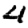
Digit: 4